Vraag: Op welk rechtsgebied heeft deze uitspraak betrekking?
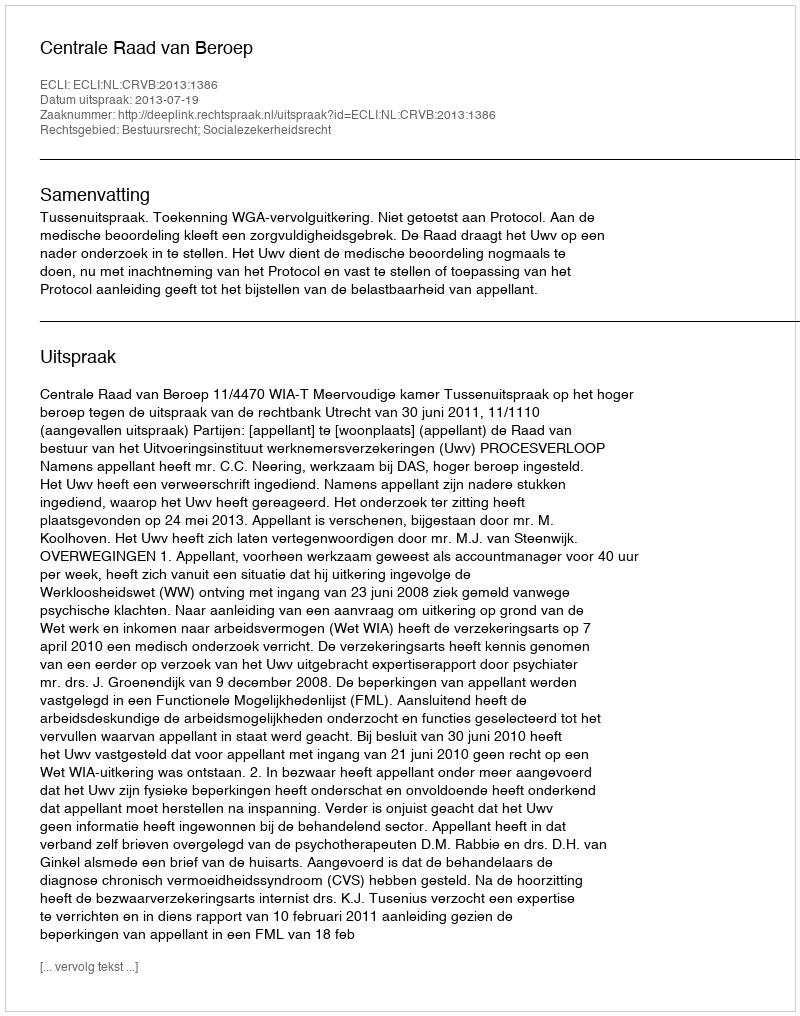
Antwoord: Bestuursrecht; Socialezekerheidsrecht